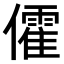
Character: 𠐶